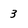
Character: 3